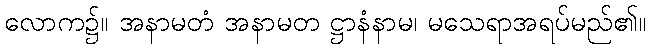
လောက၌။ အနာမတံ အနာမတ ဋ္ဌာနံနာမ၊ မသေရာအရပ်မည်၏။